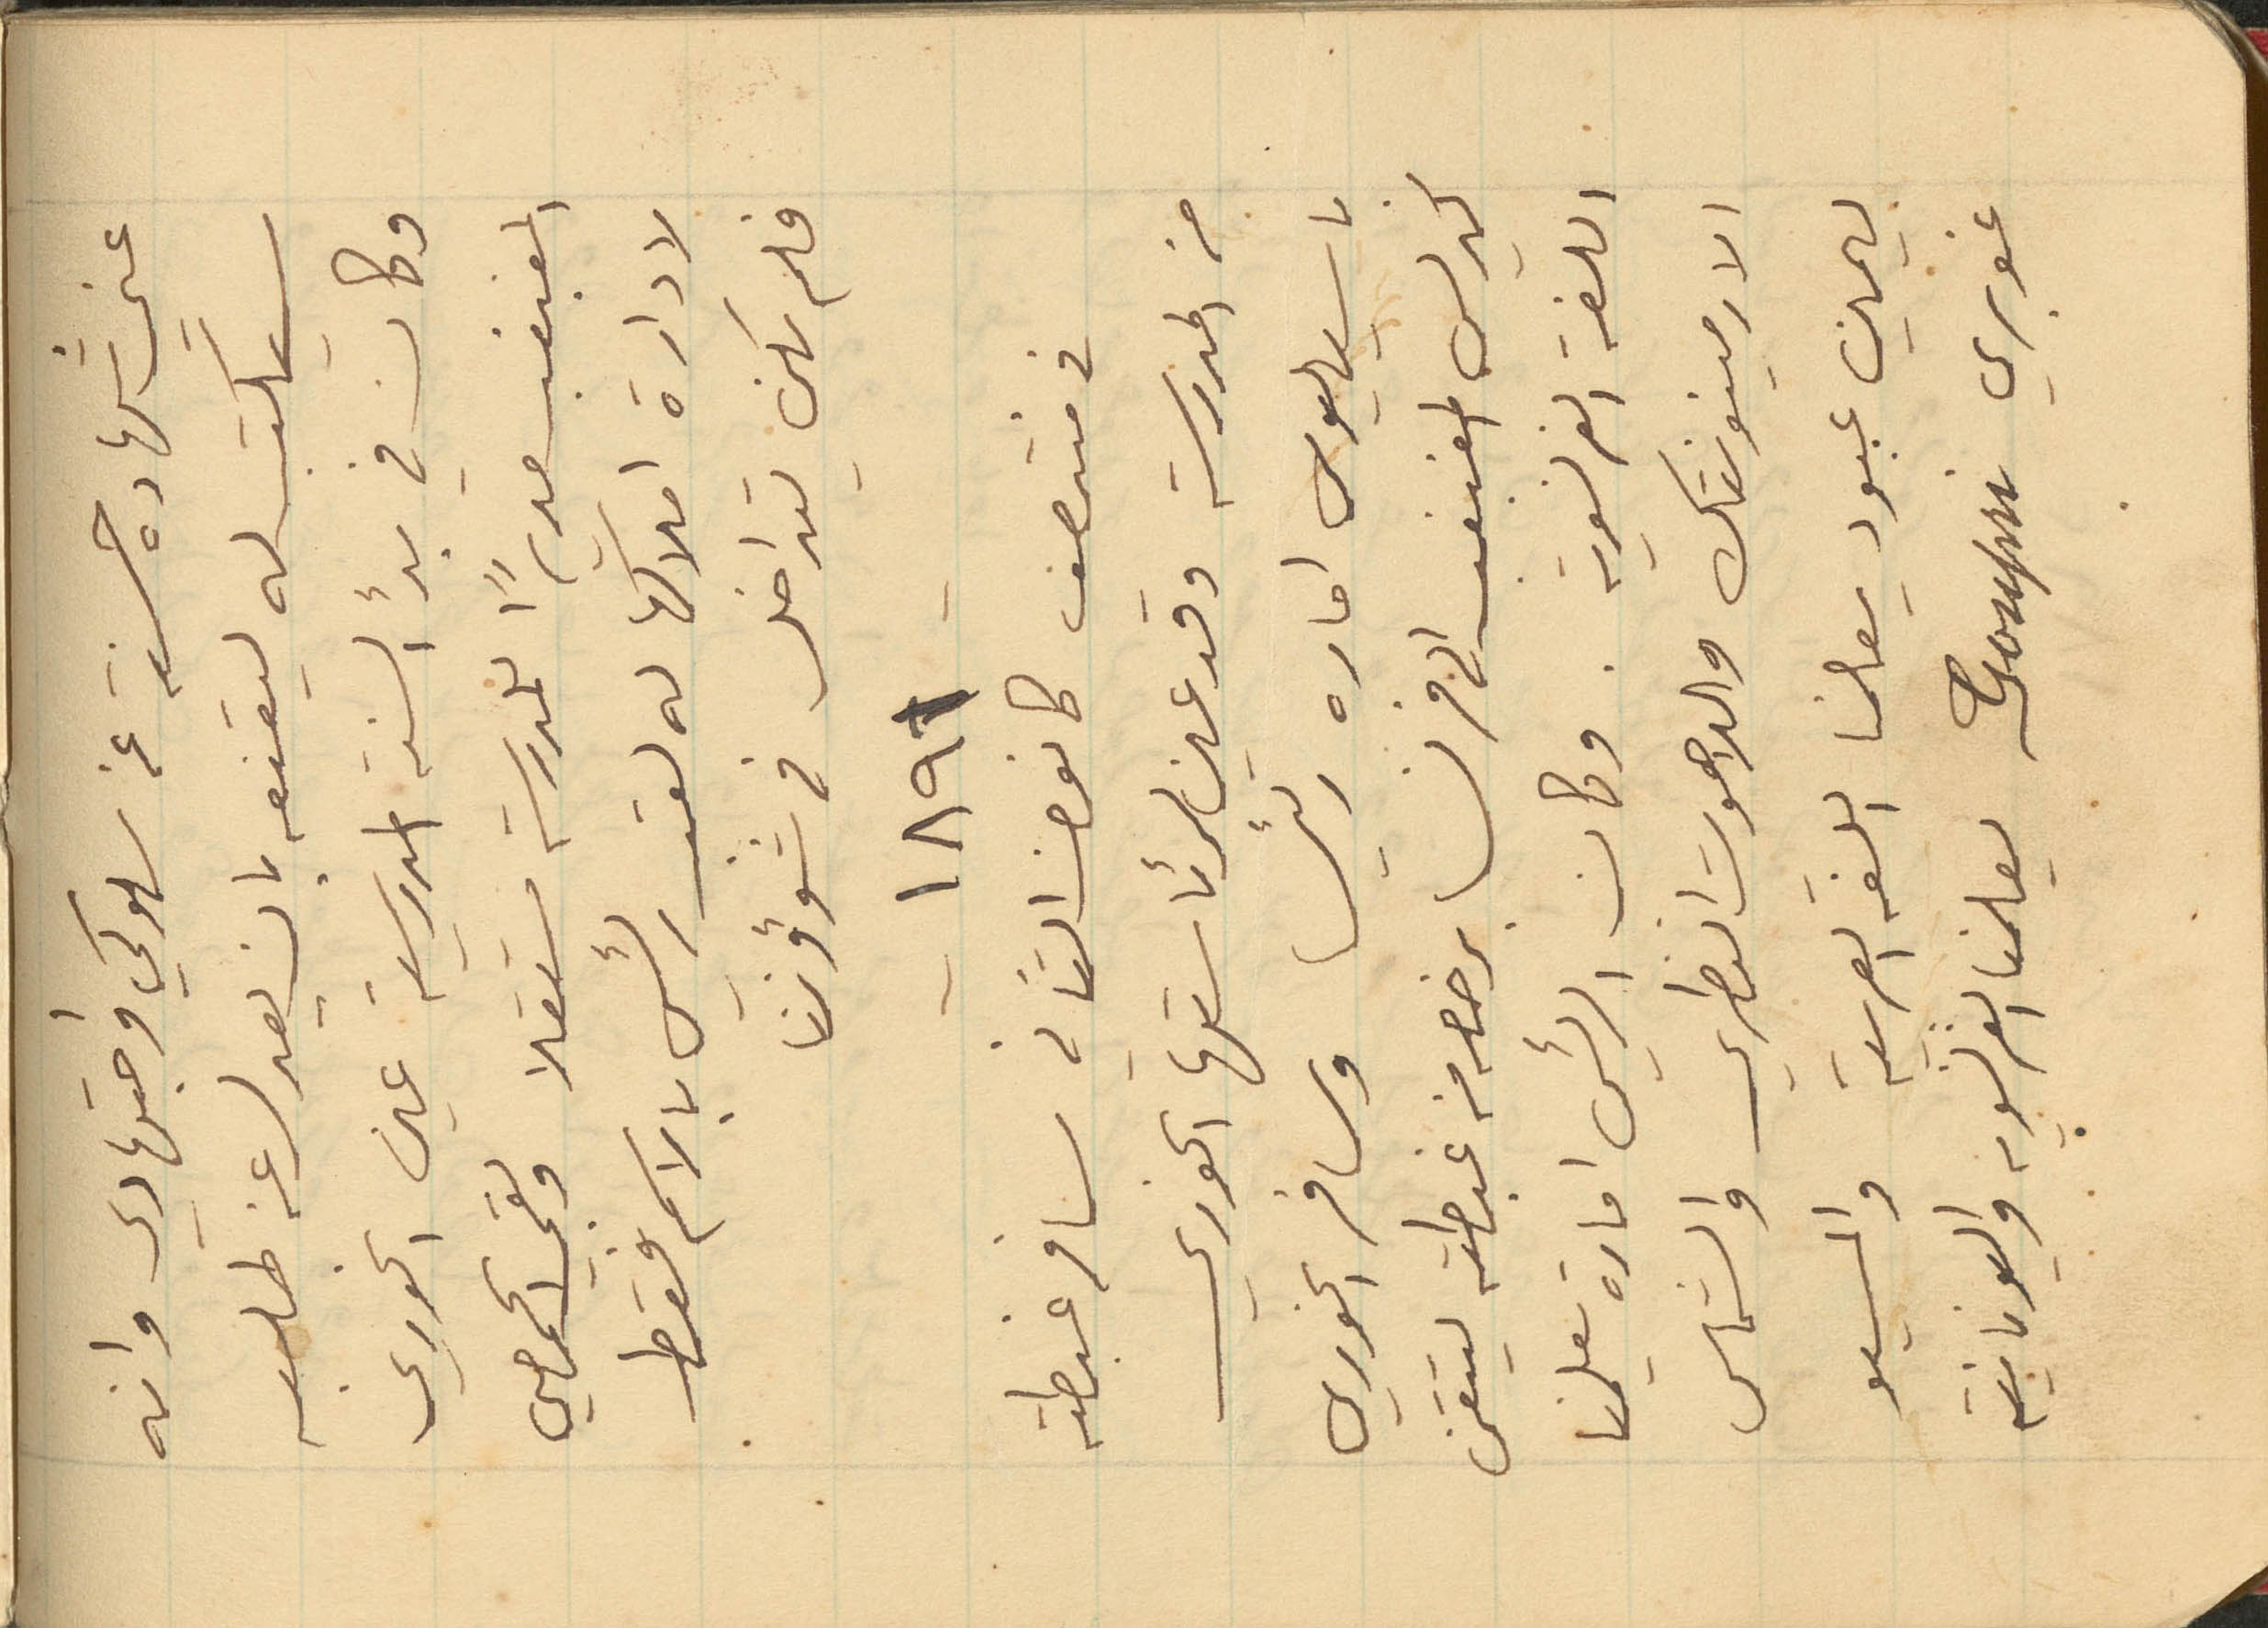
عني شهاده حسنة عن سلوكي واجتهادي وانه
سيكتب له ليقنعه بان يعدل عن طلبه
وكان في بدء السنة المدرسية عين الخوري
المغبغب مديراً للمدرسة مستقلا وبقي الحمصي
لادارة املاكها له لقب رئيس بالاسم فقط
فلم يكن يتداخل في شؤوننا
-1891-
في منتصف كانون الثاني سافر غبطته
من المدرسة وقد عين لرئاستها الخوري
باسيليوس اماره رئيسا وسافر الخوري
كيرلس المغبغب الى فرنسا برخصه من غبطته ليتقن
اللغة الفرنسوية. وكان الرئيس امارة يعلمنا
الارمينونتك واللاهوت النظري والشماس
بيمين عبود يعلمنا اللغة العربية والمسيو
غوبري Goupri يعلمنا الفرنسويه واليونانية